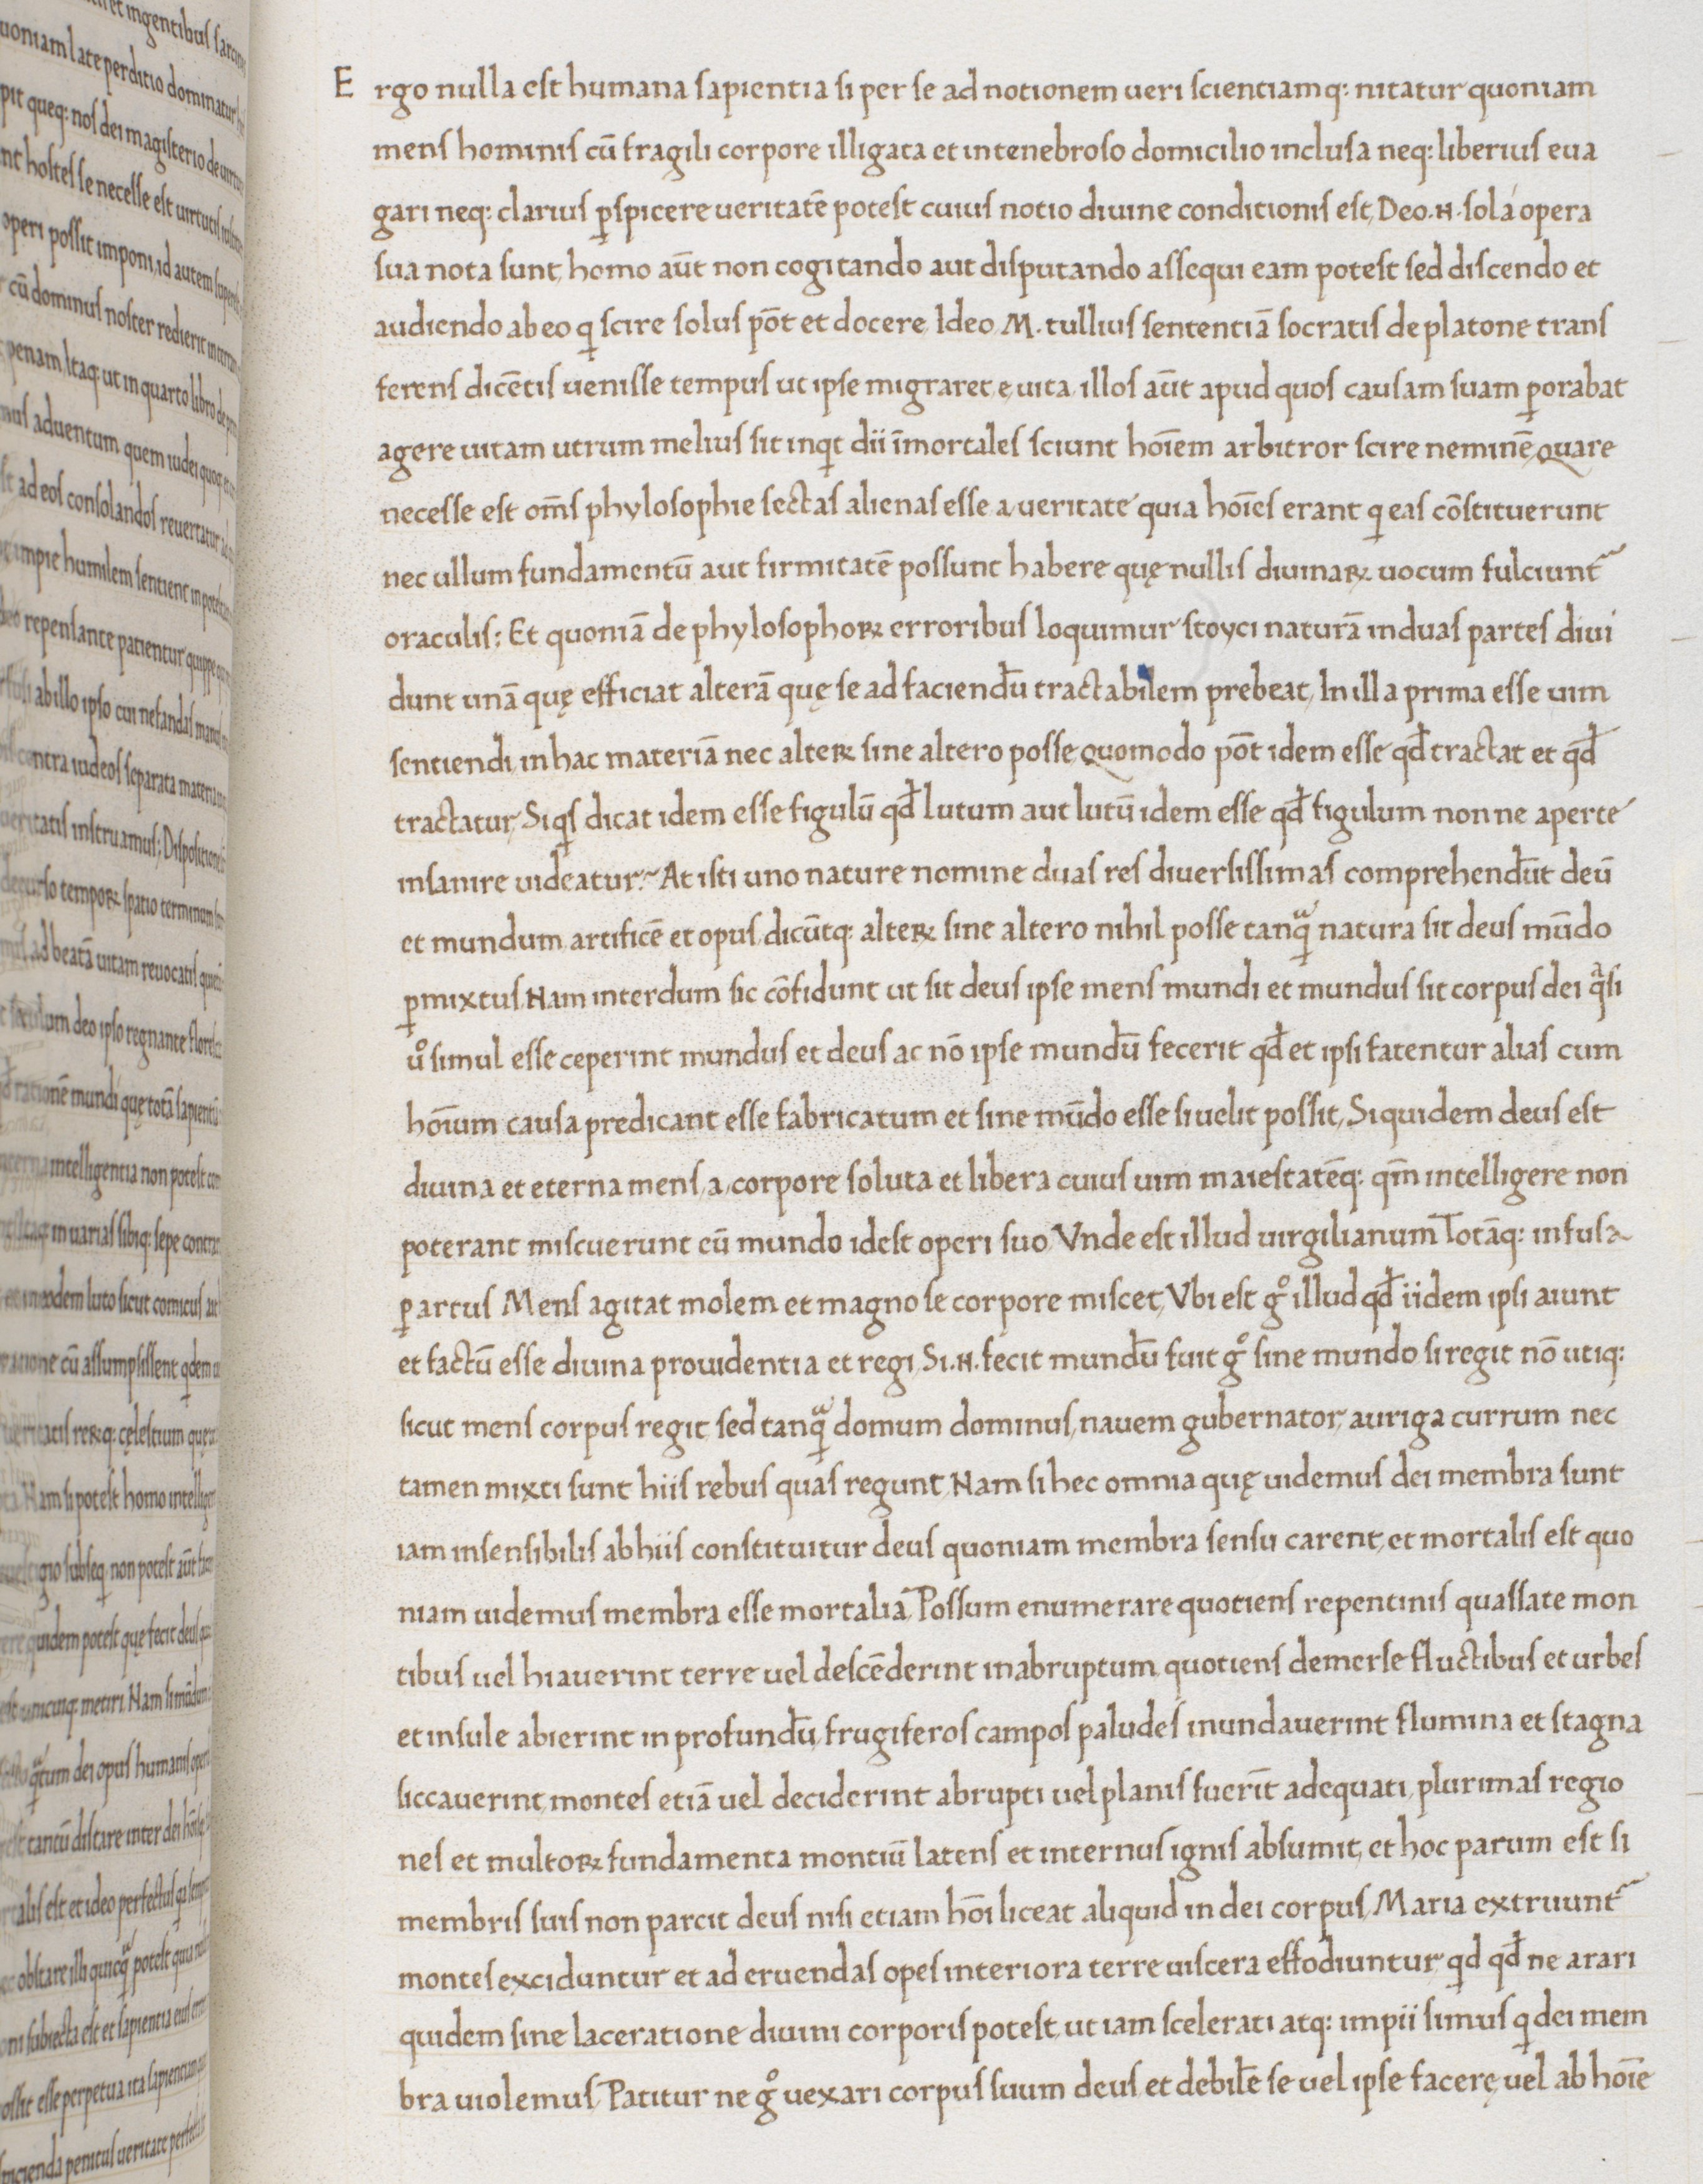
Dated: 1465–1475